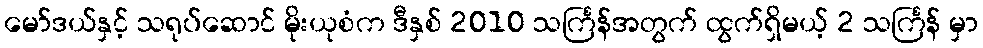
မော်ဒယ်နှင့် သရုပ်ဆောင် မိုးယုစံက ဒီနှစ် 2010 သင်္ကြန်အတွက် ထွက်ရှိမယ့် 2 သင်္ကြန် မှာ